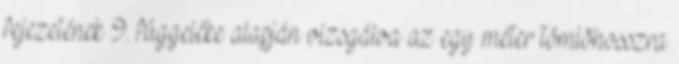
fejezetének 9. függeléke alapján vizsgálva az egy méter tömlõhosszra